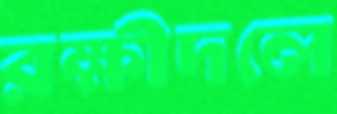
রক্ষীদলে